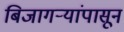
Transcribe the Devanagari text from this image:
बिजागऱ्यांपासून